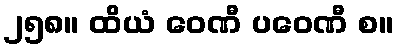
၂၅၈။ ထိယံ ဝေဏီ ပဝေဏီ စ။